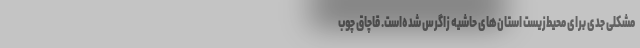
مشکلی جدی برای محیط‌زیست استان‌های حاشیه زاگرس شده‌است. قاچاق چوب